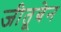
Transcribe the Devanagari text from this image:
जीतूबेन